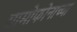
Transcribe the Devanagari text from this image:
ग्रामोफोनाच्या